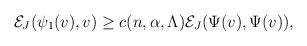
LaTeX: \begin{align*} \begin{aligned} \mathcal{E}_J(\psi_1(v),v)\geq c(n,\alpha,\Lambda)\mathcal{E}_J(\Psi(v),\Psi(v)), \end{aligned} \end{align*}